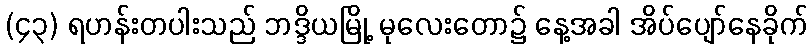
(၄၃) ရဟန်းတပါးသည် ဘဒ္ဒိယမြို့ မုလေးတော၌ နေ့အခါ အိပ်ပျော်နေခိုက်